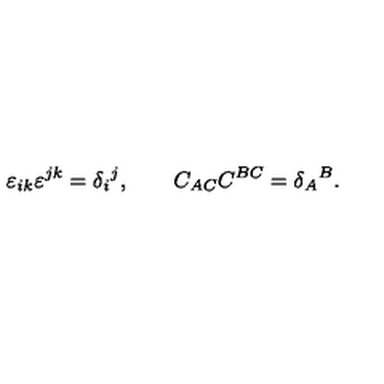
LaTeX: \varepsilon _ { i k } \varepsilon ^ { j k } = \delta _ { i } { } ^ { j } , \qquad C _ { A C } C ^ { B C } = \delta _ { A } { } ^ { B } .